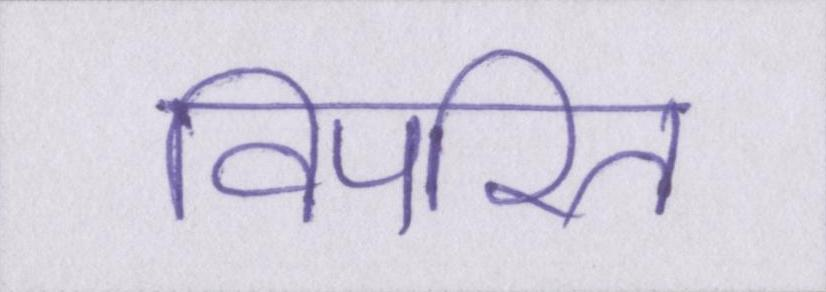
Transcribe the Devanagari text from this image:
विपरित